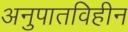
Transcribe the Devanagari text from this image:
अनुपातविहीन